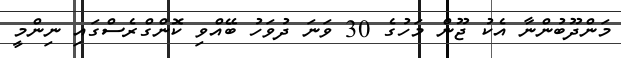
މަންދޫބުންނާ އެކު ޖޫން މަހުގެ 30 ވަނަ ދުވަހު ބޭއްވި ކޮންގްރެސްގައި ނިންމީ